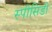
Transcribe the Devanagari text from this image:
स्पीसिडी